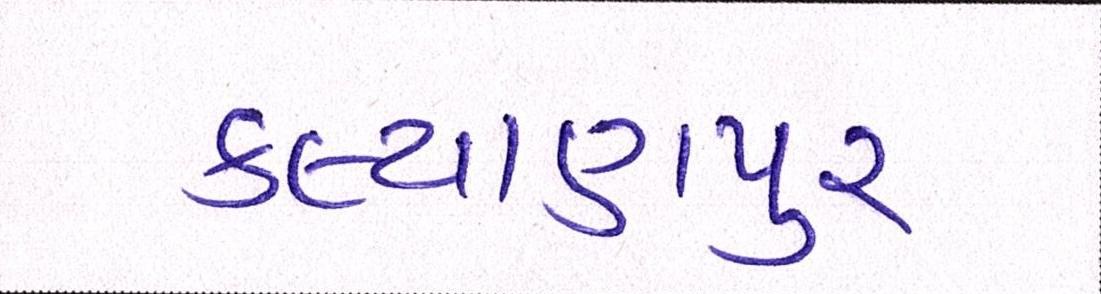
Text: કલ્યાણપુર